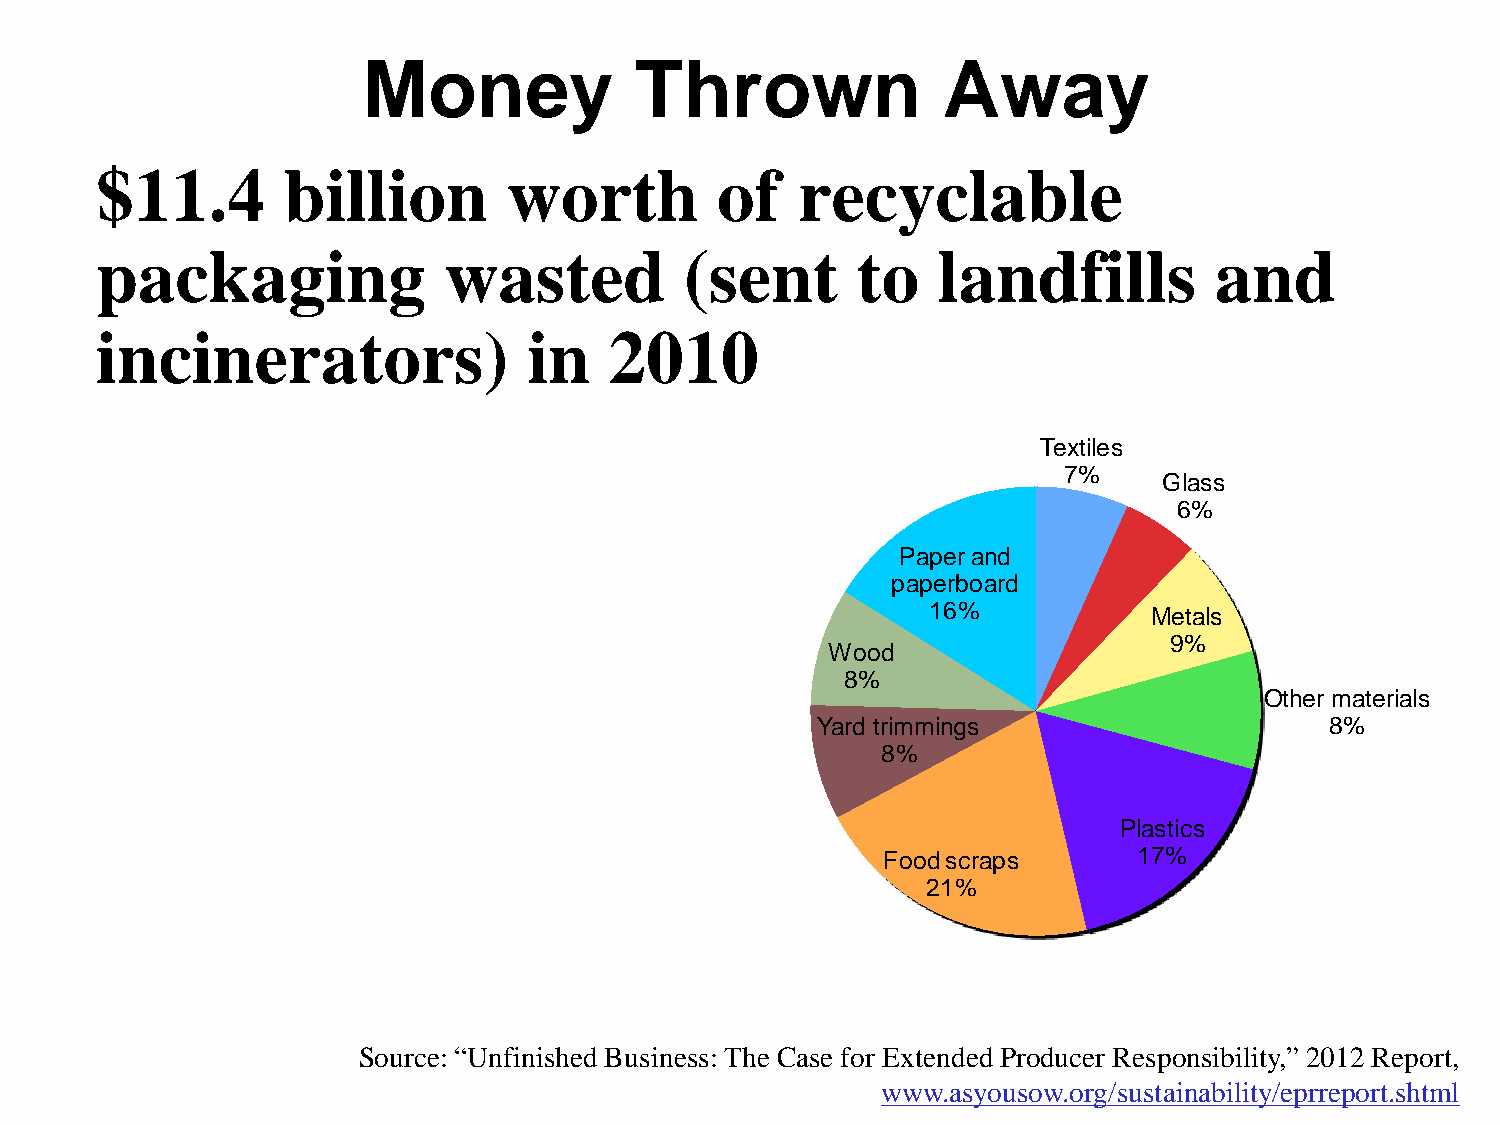
Money             Thrown              Away
 $11.4        billion        worth        of    recyclable
 packaging              wasted          (sent       to   landfills         and
 incinerators)                in   2010
 Textiles
 7%
 Glass
 6%
 Paper and
 paperboard
 16%           Metals
 9%
 Wood
 8%
 Other materials
 Yard trimmings                    8%
 8%
 Plastics
 Food scraps      17%
 21%
 Source: “Unfinished Business: The Case for Extended Producer Responsibility,” 2012 Report,
 www.asyousow.org/sustainability/eprreport.shtml